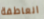
العاطفة